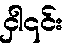
ငှါ၎င်း